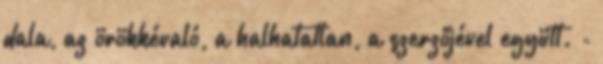
dala, az örökkévaló, a halhatatlan, a szerzőjével együtt. -